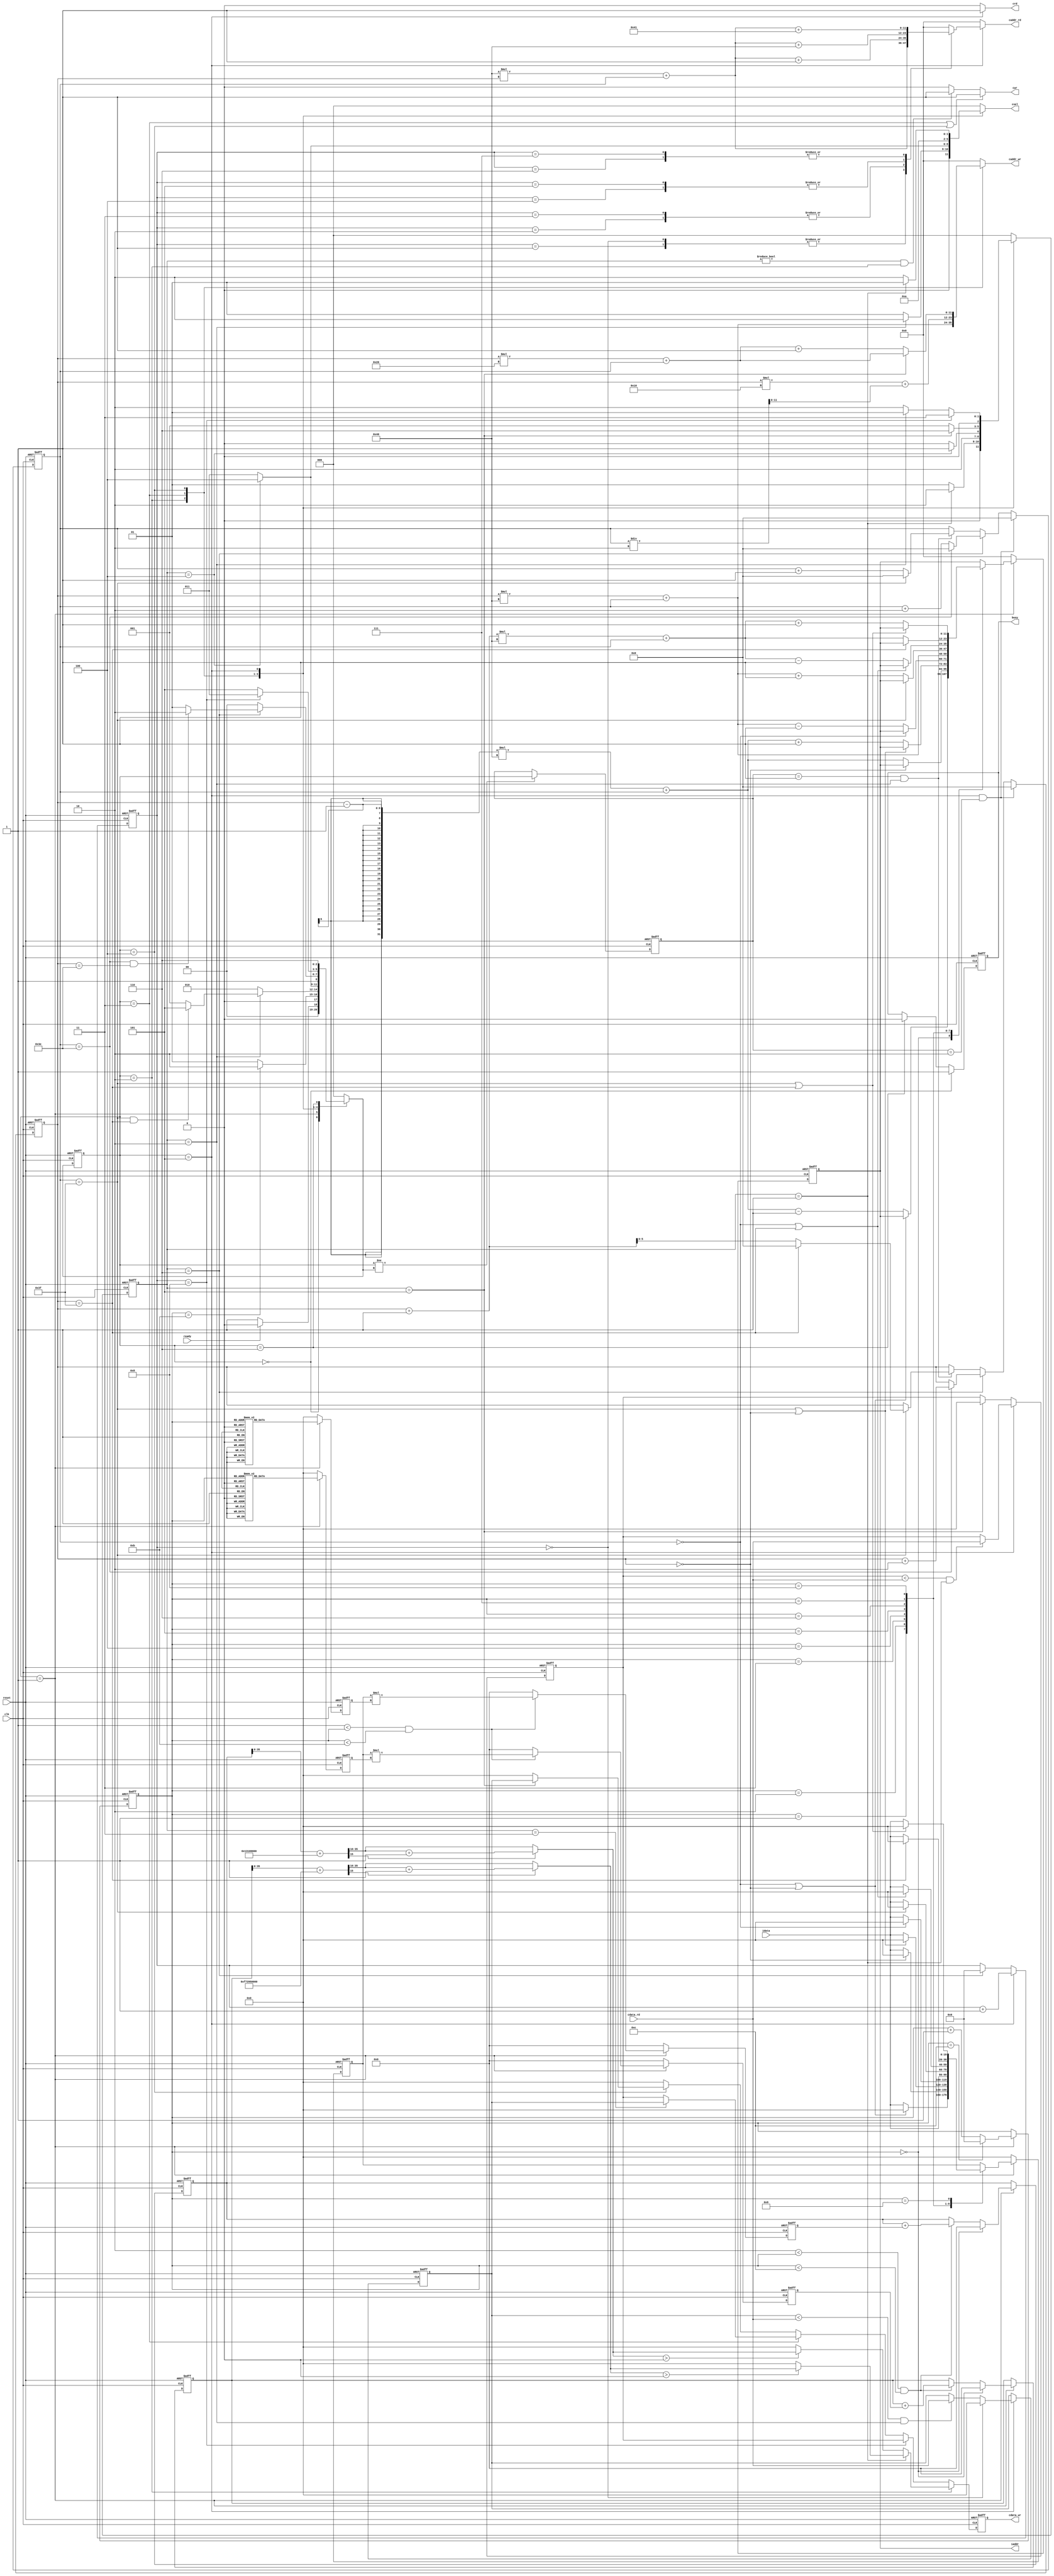
`timescale 1ns/10ps
module  CONV(
	input			clk, 
	input			reset, 
	output reg		busy,	
	input			ready,				
	output reg[11:0]	iaddr,
	input signed[19:0]		idata,	
	output reg 	 	cwr,
	output reg[11:0] 	caddr_wr,
	output reg[19:0] 	cdata_wr,	
	output reg	 	crd,
	output reg[11:0]	caddr_rd,
	input	[19:0]		cdata_rd,
	output reg[2:0] 	csel
	);

reg [2:0]cur_state;
reg [2:0]nx_state;
reg [2:0]pre_state;
reg [2:0]mem_cur_state;
reg [2:0]mem_nx_state;
reg signed[39:0] conv_data0;
reg signed[39:0] conv_data1;
reg [5:0]x;
reg [5:0]y;
reg signed[19:0]conv_check;
reg [3:0]ary;
reg signed[39:0]k0;
reg signed[39:0]k1;
reg [3:0]mcount;
reg signed[19:0]max0;
reg signed[19:0]max1;

reg signed[19:0]kernel0;
reg signed[19:0]kernel1;

wire signed[19:0]conv_out0;
wire signed[19:0]conv_out1;
wire signed[39:0]bias00;
wire signed[39:0]bias11;

parameter STATE_IDLE = 3'd0;
parameter STATE_conv = 3'd1;
parameter STATE_l0mem = 3'd2;
parameter STATE_l1mem = 3'd3;
parameter STATE_l2mem = 3'd4;
parameter STATE_maxp = 3'd5;
parameter STATE_finish = 3'd6;

parameter STATE_mem_IDLE = 3'd0;
parameter STATE_l0mem0 = 3'd1;
parameter STATE_l0mem1 = 3'd2;
parameter STATE_l1mem0 = 3'd3;
parameter STATE_l1mem1 = 3'd4;
parameter STATE_l2mem0 = 3'd5;
parameter STATE_l2mem0_1 = 3'd6;

parameter bias0 = 20'h01310;
parameter bias1 = 20'hF7295;

parameter kernel0_0 = 20'h0A89E;
parameter kernel0_1 = 20'h092D5;
parameter kernel0_2 = 20'h06D43;
parameter kernel0_3 = 20'h01004;
parameter kernel0_4 = 20'hF8F71;
parameter kernel0_5 = 20'hF6E54;
parameter kernel0_6 = 20'hFA6D7;
parameter kernel0_7 = 20'hFC834;
parameter kernel0_8 = 20'hFAC19;

parameter kernel1_0 = 20'hFDB55;
parameter kernel1_1 = 20'h02992;
parameter kernel1_2 = 20'hFC994;
parameter kernel1_3 = 20'h050FD;
parameter kernel1_4 = 20'h02F20;
parameter kernel1_5 = 20'h0202D;
parameter kernel1_6 = 20'h03BD7;
parameter kernel1_7 = 20'hFD369;
parameter kernel1_8 = 20'h05E68;


//STATE
always @(posedge clk or posedge reset)begin
    if(reset)begin
        cur_state <= STATE_IDLE;
    end
    else begin
        cur_state <= nx_state;
    end
end

always @(*)begin
    nx_state = STATE_IDLE;
    case(cur_state)
    STATE_IDLE: nx_state = (ready)? STATE_IDLE : STATE_conv;
    STATE_conv: nx_state = (ary == 11)? STATE_l0mem : STATE_conv;
    STATE_l0mem: begin
        if(mem_cur_state == STATE_l0mem1)begin
            if(x == 63 && y == 63) begin
                nx_state = STATE_maxp;
            end
            else begin
                nx_state = STATE_conv;
            end
        end
        else begin
            nx_state = STATE_l0mem;
        end
    end
    STATE_l1mem: nx_state = (mem_cur_state == STATE_l1mem1)? STATE_l2mem : STATE_l1mem;
    STATE_l2mem: begin
        if(mem_cur_state == STATE_l2mem0_1)begin
            if(x == 62 && y == 62)begin
                nx_state = STATE_finish;
            end
            else begin
                nx_state = STATE_maxp;
            end
        end
        else begin
            nx_state = STATE_l2mem;
        end
    end
    STATE_maxp: nx_state = (mcount == 8)? STATE_l1mem : STATE_maxp;
    STATE_finish: nx_state = STATE_finish;
    endcase
end

always @(posedge clk or posedge reset) begin
    if(reset)begin
        pre_state <= STATE_IDLE;
    end
    else if(cur_state != nx_state)begin
        pre_state <= cur_state;
    end
    else begin
        pre_state <= pre_state;
    end
end

always @(posedge clk or posedge reset)begin
    if(reset)begin
        mem_cur_state <= STATE_IDLE;
    end
    else begin
        mem_cur_state <= mem_nx_state;
    end
end

always @(*)begin
    case(cur_state)
    STATE_l0mem: mem_nx_state = (mem_cur_state == STATE_l0mem0)? STATE_l0mem1 : STATE_l0mem0;
    STATE_l1mem: mem_nx_state = (mem_cur_state == STATE_l1mem1)? STATE_l2mem0 : STATE_l1mem1;
    STATE_l2mem: mem_nx_state = (mem_cur_state == STATE_l2mem0)? STATE_l2mem0_1 : STATE_l0mem0;
    STATE_maxp: begin
        if(mcount == 8)begin
            mem_nx_state = STATE_l1mem0;
        end
        else begin
            mem_nx_state = (mem_cur_state == STATE_l0mem1)? STATE_l0mem0 : STATE_l0mem1;
        end
    end
    default mem_nx_state = STATE_mem_IDLE;
    endcase
end

always @(posedge clk or posedge reset)begin
    if(reset)begin
        busy <= 0;
    end
    else if(cur_state == STATE_IDLE)begin
        busy <= 1;
    end
    else if(cur_state == STATE_finish)begin
        busy <= 0;
    end
    else begin
        busy <= busy;
    end 
end 

//csel
always @(*)begin
    case(cur_state)
        STATE_l0mem: csel = (mem_cur_state == STATE_l0mem1)? 3'b010 : 3'b001;
        STATE_l1mem: csel = (mem_cur_state == STATE_l1mem1)? 3'b100 : 3'b011;
        STATE_l2mem: csel = 3'b101;
        STATE_maxp: csel = (mem_cur_state == STATE_l0mem0)? 3'b001 : 3'b010;
        default: csel = 3'b000;
    endcase
end

//rd_mem
always @(*)begin
    if(cur_state == STATE_maxp)begin
        case (mcount)
        0: caddr_rd = 64 * y + x;
        1: caddr_rd = 64 * y + x;
        2: caddr_rd = 64 * y + x + 1;
        3: caddr_rd = 64 * y + x + 1;
        4: caddr_rd = 64 * y + x + 64;
        5: caddr_rd = 64 * y + x + 64;
        6: caddr_rd = 64 * y + x + 65;
        7: caddr_rd = 64 * y + x + 65;
        default: caddr_rd = 0;
        endcase
    end
    else begin
        caddr_rd = 0;
    end
end


//wr_mem
always @(*)begin
    case(cur_state)
    STATE_l0mem: caddr_wr = y * 64 + x;
    STATE_l1mem: caddr_wr = y * 16 + x / 2; 
    STATE_l2mem: caddr_wr = (mem_cur_state == STATE_l2mem0)? y * 32 + x : y * 32 + x + 1;
    default: caddr_wr = 0;
    endcase
end

always @(posedge clk or posedge reset)begin
    if(reset)begin
        cdata_wr <= 'd0;
    end
    else if(cur_state == STATE_l0mem)begin
        if(mem_cur_state == STATE_l0mem0)begin
            cdata_wr <= (conv_out1 > 0)? conv_out1 : 'd0;
        end
        else begin
            cdata_wr <= (conv_out0 > 0)? conv_out0 : 'd0;
        end
    end
    else if(mcount == 8)begin
        cdata_wr <= max0;
    end
    else if(cur_state == STATE_l1mem)begin
        cdata_wr <= (mem_cur_state == STATE_l1mem0)? max1 : max0;
    end
    else if(cur_state == STATE_l2mem)begin
        cdata_wr <= (mem_cur_state == STATE_l2mem0)? max1 : 'd0;
    end
    else begin
        cdata_wr <= 'd0;
    end
end

//delay

//crd
always @(*) begin
    if(cur_state == STATE_maxp)begin
        crd = 1;
    end
    else begin
        crd = 0;
    end
end
//cwr
always @(*) begin
    if(cur_state == STATE_l1mem || cur_state == STATE_l2mem)begin
        cwr = 1;
    end
    else if(mem_cur_state != STATE_mem_IDLE && cur_state == STATE_l0mem)begin
        cwr = 1;
    end
    else begin
        cwr = 0;
    end
end

//conv
always @(posedge clk or posedge reset)begin
    if(reset)begin
        conv_data0 <= 'd0;
    end
    else if(cur_state == STATE_conv)begin
        if(ary == 0)begin
            conv_data0 <= 'd0;
        end
        else if(2 < ary && ary < 12)begin
            conv_data0 <= conv_data0 + k0;
        end
        else begin
            conv_data0 <= conv_data0;
        end
    end
    else begin
        conv_data0 <= conv_data0;
    end
end

always @(posedge clk or posedge reset)begin
    if(reset)begin
        conv_data1 <= 'd0;
    end
    else if(cur_state == STATE_conv)begin
        if(ary == 0)begin
            conv_data1 <= 'd0;
        end
        else if(2 < ary && ary < 12)begin
            conv_data1 <= conv_data1 + k1;
        end
        else begin
            conv_data1 <= conv_data1;
        end
    end
    else begin
        conv_data1 <= conv_data1;
    end
end

always @(posedge clk or posedge reset) begin
    if(reset)begin
        ary <= 0;
    end
    else if(cur_state == STATE_conv)begin
        if(ary == 12)begin
            ary <= 0;
        end
        else begin
            ary <= ary + 1;
        end
    end
    else begin
        ary <= ary;
    end
end

always @(posedge clk or posedge reset) begin
    if(reset)begin
        iaddr <= 0;
    end
    else if(cur_state == STATE_conv)begin
        case (ary)
            0: iaddr <= (x == 0 || y == 0)? iaddr : ((y - 1) * 64 + x - 1);
            1: iaddr <= (y == 0)? iaddr : ((y - 1) * 64 + x);
            2: iaddr <= (x == 63 || y == 0)? iaddr : ((y - 1) * 64 + x + 1);
            3: iaddr <= (x == 0)? iaddr : (y * 64 + x - 1);
            4: iaddr <= (y * 64 + x);
            5: iaddr <= (x == 63)? iaddr : (y * 64 + x + 1);
            6: iaddr <= (x == 0 || y == 63)? iaddr : ((y + 1) * 64 + x - 1);
            7: iaddr <= (y == 63)? iaddr : ((y + 1) * 64 + x);
            8: iaddr <= (x == 63 || y == 63)? iaddr : ((y + 1) * 64 + x + 1);
            default: iaddr <= iaddr;
        endcase
    end
    else begin
        iaddr <= 0;
    end
end

always @(posedge clk or posedge reset) begin
    if(reset)begin
        conv_check <= 0;
    end
    else if(cur_state == STATE_conv)begin
            case (ary)
                1: conv_check <= (x == 0 || y == 0)? 0 : idata;
                2: conv_check <= (y == 0)? 0 : idata;
                3: conv_check <= (x == 63 || y == 0)? 0 : idata;
                4: conv_check <= (x == 0)? 0 : idata;
                5: conv_check <= idata;
                6: conv_check <= (x == 63)? 0 : idata;
                7: conv_check <= (x == 0 || y == 63)? 0 : idata;
                8: conv_check <= (y == 63)? 0 : idata;
                9: conv_check <= (x == 63 || y == 63)? 0 : idata;
                default: conv_check <= conv_check;
            endcase
    end
    else begin
        conv_check <= 0;
    end
end

always @(posedge clk or posedge reset) begin
    if(reset)begin
        k0 <= 'd0;
    end
    else if(cur_state == STATE_conv)begin
        if(1 < ary && ary < 11)begin
            k0 <= conv_check * kernel0;
        end
        else begin
            k0 <= 'd0;
        end
    end
    else begin
        k0 <= 'd0;
    end
end

always @(posedge clk or posedge reset) begin
    if(reset)begin
        k1 <= 'd0;
    end
    else if(cur_state == STATE_conv)begin
        if(1 < ary && ary < 11)begin
            k1 <= conv_check * kernel1;
        end
        else begin
            k1 <= 'd0;
        end
    end
    else begin
        k1 <= 'd0;
    end
end

always @(posedge clk or posedge reset) begin
    if(reset)begin
        kernel0 <= 'd0;
    end
    else if(cur_state == STATE_conv)begin
        case (ary)
            1: kernel0 <= (kernel0_0);
            2: kernel0 <= (kernel0_1);
            3: kernel0 <= (kernel0_2);
            4: kernel0 <= (kernel0_3);
            5: kernel0 <= (kernel0_4);
            6: kernel0 <= (kernel0_5);
            7: kernel0 <= (kernel0_6);
            8: kernel0 <= (kernel0_7);
            9: kernel0 <= (kernel0_8);
            default: kernel0 <= 'd0;
        endcase
    end
    else begin
        kernel0 <= 'd0;
    end
end

always @(posedge clk or posedge reset) begin
    if(reset)begin
        kernel1 <= 'd0;
    end
    else if(cur_state == STATE_conv)begin
        case (ary)
            1: kernel1 <= (kernel1_0);
            2: kernel1 <= (kernel1_1);
            3: kernel1 <= (kernel1_2);
            4: kernel1 <= (kernel1_3);
            5: kernel1 <= (kernel1_4);
            6: kernel1 <= (kernel1_5);
            7: kernel1 <= (kernel1_6);
            8: kernel1 <= (kernel1_7);
            9: kernel1 <= (kernel1_8);
            default: kernel1 <= 'd0;
        endcase
    end
    else begin
        kernel1 <= 'd0;
    end
end

assign bias00 = conv_data0 + {4'b0,bias0,16'b0};
assign bias11 = conv_data1 + {4'b0,bias1,16'b0};

assign conv_out0 = ( bias00[15] )? bias00[35:16] + 1: bias00[35:16];
assign conv_out1 = ( bias11[15] )? bias11[35:16] + 1: bias11[35:16];

//max-pooling

always @(posedge clk or posedge reset) begin
    if(reset)begin
        mcount <= 0;
    end
    else if(cur_state == STATE_maxp)begin
        mcount <= mcount + 1;
    end
    else if(mem_cur_state == STATE_l2mem0_1)begin
        mcount <= 0;
    end
    else begin
        mcount <= mcount;
    end
end

always @(posedge clk or posedge reset)begin
    if(reset)begin
        max0 <= 'd0;
    end
    else if(cur_state == STATE_maxp)begin
        if(max0 < cdata_rd && mem_cur_state == STATE_l0mem0)begin
            max0 <= cdata_rd;
        end
        else begin
            max0 <= max0;
        end
    end
    else if(mem_cur_state == STATE_l2mem0)begin
        max0 <= 'd0;
    end
    else begin
        max0 <= max0;
    end
end

always @(posedge clk or posedge reset)begin
    if(reset)begin
        max1 <= 'd0;
    end
    else if(cur_state == STATE_maxp)begin
        if(!mcount)begin
            max1 <= 0;
        end
        else if(max1 < cdata_rd && mem_cur_state == STATE_l0mem1)begin
            max1 <= cdata_rd;
        end
        else begin
            max1 <= max1;
        end
    end
    else begin
        max1 <= max1;
    end
end


//x, y
always @(posedge clk or posedge reset)begin
    if(reset)begin
        x <= 0;
    end
    else if(cur_state == STATE_maxp && pre_state == STATE_l0mem)begin
        x <= 0;
    end
    else if(mem_cur_state == STATE_l2mem0_1)begin
        if(x == 62)begin
            x <= 0;
        end
        else begin
            x <= x + 2;
        end
    end
    else if(pre_state == STATE_conv && mem_cur_state == STATE_l0mem1)begin
        if(x == 63)begin
            x <= 0;
        end
        else begin
            x <= x + 1;
        end
    end 
    else begin
        x <= x;
    end
end

always @(posedge clk or posedge reset)begin
    if(reset)begin
        y <= 0;
    end
    else if(cur_state == STATE_maxp && pre_state == STATE_l0mem)begin
        y <= 0;
    end
    else if(mem_cur_state == STATE_l2mem0_1)begin
        if(x == 62)begin
            y <= y + 2;
        end
        else begin
            y <= y;
        end
    end
    else if(pre_state == STATE_conv && mem_cur_state == STATE_l0mem1)begin
        if(x == 63)begin
            if(y == 63)begin
                y <= 0;
            end
            else begin
                y <= y + 1;
            end
        end
        else begin
            y <= y;
        end
    end
    else begin
        y <= y;
    end
end




endmodule